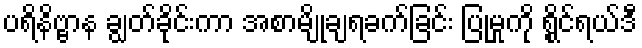
ပရိနိဗ္ဗာန ချွတ်ခိုင်းကာ အစာမျိုချရခက်ခြင်း ပြုမှုကို ရွိုင်ရယ်ဒီ